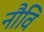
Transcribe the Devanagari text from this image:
नौवि